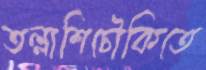
তল্লাশিচৌকিতে